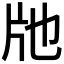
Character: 𤖪